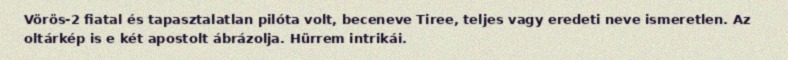
Vörös-2 fiatal és tapasztalatlan pilóta volt, beceneve Tiree, teljes vagy eredeti neve ismeretlen. Az oltárkép is e két apostolt ábrázolja. Hürrem intrikái.